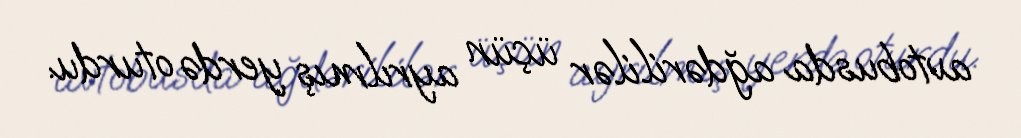
avtobusda ağdərililər üçün ayrılmış yerdə oturdu.